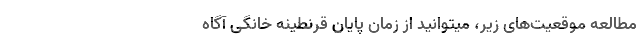
مطالعهٔ موقعیت‌های زیر، میتوانید از زمان پایان قرنطینه خانگی آگاه